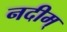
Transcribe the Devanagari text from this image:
नदीम्